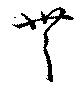
無